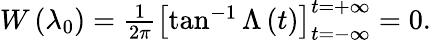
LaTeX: \begin{array}{r}{W\left(\lambda_{0}\right)=\frac{1}{2\pi}\left[\tan^{-1}\Lambda\left(t\right)\right]_{t=-\infty}^{t=+\infty}=0.}\end{array}